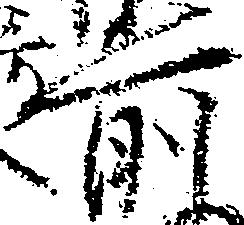
前